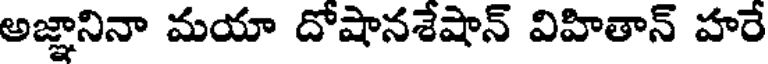
అజ్ఞానినా మయా దోషానశేషాన్ విహితాన్ హరే